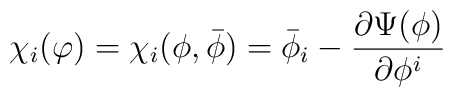
\chi_i(\varphi)=\chi_i(\phi,{\bar\phi})={\bar\phi}_i-\frac{\partial\Psi(\phi)}{\partial\phi^i}